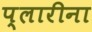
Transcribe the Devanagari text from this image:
प्लारीना